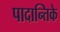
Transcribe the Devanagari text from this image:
पादान्तिके